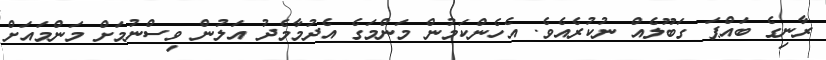
ރާނިގެ ބައްޕަ ގަބޫލެއް ނުކުރެއެވެ. އެހެންކަމުން މަންމަގެ އެދުމާމެދު އަލުން ވިސްނުމަށް މަންމައަށް